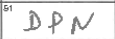
Transcription: DPN